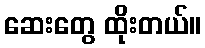
ဆေးတွေ ထိုးတယ်။